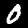
Digit: 0